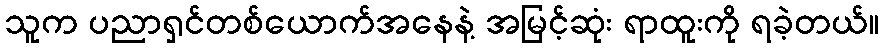
သူက ပညာရှင်တစ်ယောက်အနေနဲ့ အမြင့်ဆုံး ရာထူးကို ရခဲ့တယ်။